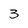
Character: 3